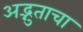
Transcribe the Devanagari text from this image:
अद्भुताचा